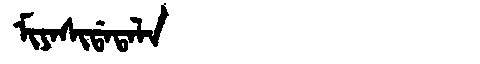
Manchu: ᠮᡳᠶᠠᠰᡳᡩᠠᡨᠠᠯᠠ
Romanization: MIYASIDATALA